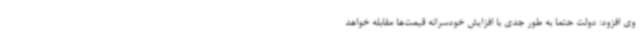
وی افزود: دولت حتما به طور جدی با افزایش خودسرانه قیمت‌ها مقابله خواهد